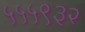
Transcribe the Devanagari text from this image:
५५५९३२